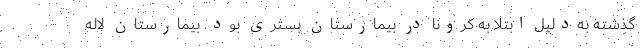
گذشته به‌دلیل ابتلا به کرونا در بیمارستان بستری بود. بیمارستان لاله